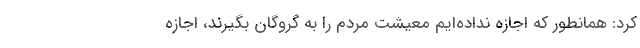
کرد: همانطور که اجازه نداده‌ایم معیشت مردم را به گروگان بگیرند، اجازه